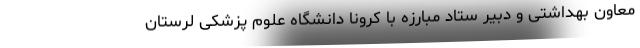
معاون بهداشتی و دبیر ستاد مبارزه با کرونا دانشگاه علوم پزشکی لرستان